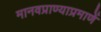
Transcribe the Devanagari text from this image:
मानवप्राण्याप्रमाणें